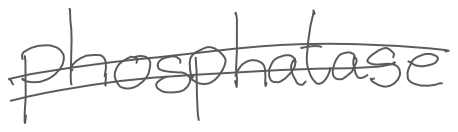
Text: phosphatase
Cross-out: double-line
Writing tool: digital_gray